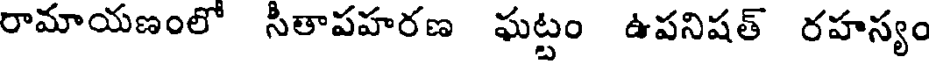
రామాయణంలో సీతాపహరణ ఘట్టం ఉపనిషత్ రహస్యం